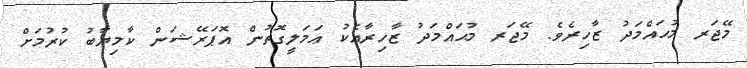
މޭޖަރ މުޙައްމަދު ޒާހިރެވެ. މޭޖަރ މުޙައްމަދު ޒާހިރާއެކު ޢަމަލީގޮތުން އޮޕަރޭޝަން ކާމިޔާބު ކުރުމަށް